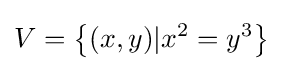
V=\left\lbrace (x,y)|x^{2}=y^{3}\right\rbrace